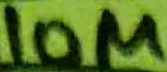
Text: 10M